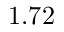
1 . 7 2